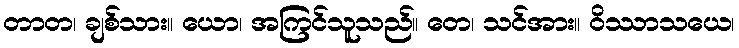
တာတ၊ ချစ်သား။ ယော၊ အကြင်သူသည်။ တေ၊ သင်အား။ ဝိဿာသယေ၊